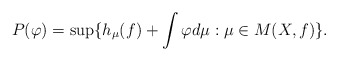
\begin{align*}P(\varphi)=\sup\{h_{\mu}(f)+\int \varphi d\mu: \mu \in M(X,f)\}.\end{align*}